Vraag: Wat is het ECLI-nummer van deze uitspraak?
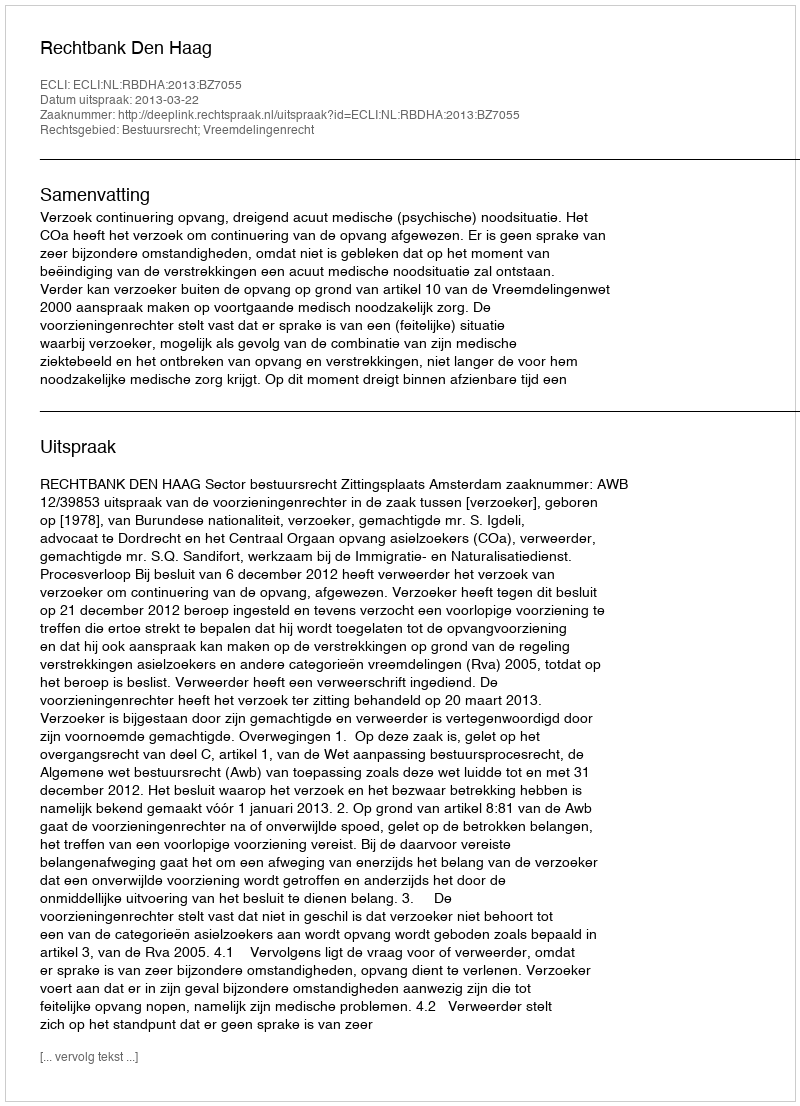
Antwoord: ECLI:NL:RBDHA:2013:BZ7055